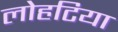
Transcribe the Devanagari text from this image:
लोहटिया